Vaccination North-Western Provinces and Oudh 1896-1901 - 1896-1901
Year: 1896
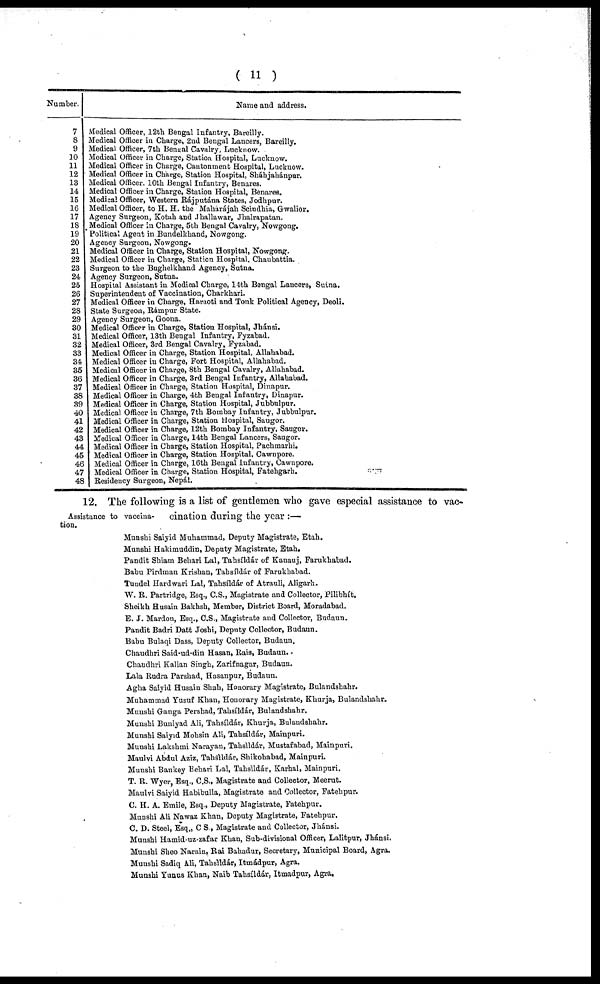
( 11 )
Number.
7
8
9
10
11
12
13
14
15
16
17
18
19
20
21
22
23
24.
25
26
27
28
29
30
31
32
33
34
35
36
37
38
39
40
41
42
43
44
45
46
47
48
Name and address.
Medical Officer, 12th Bengal Infantry, Bareilly.
Medical Officer in Charge, 2nd Bengal Lancers, Bareilly.
Medical Officer, 7th Bengal Cavalry, Lucknow.
Medical Officer in Charge, Station Hospital, Lucknow.
Medical Officer in Charge, Cantonment Hospital, Lucknow.
Medical Officer in Charge, Station Hospital, Sháhjahánpur.
Medical Officer. 10th Bengal Infantry, Benares.
Medical Officer in Charge, Station Hospital, Benares.
Medical Officer, Western Rájputána States, Jodhpur.
Medical Officer, to H. H. the Maharájah Scindhia, Gwalior.
Agency Surgeon, Kotah and Jhallawar, Jhalrapatan.
Medical Officer in Charge, 5th Bengal Cavalry, Nowgong.
Political Agent in Bundelkhand, Nowgong.
Agency Surgeon, Nowgong.
Medical Officer in Charge, Station Hospital, Nowgong.
Medical Officer in Charge, Station Hospital, Chaubattia.
Surgeon to the Bughelkhand Agency, Sutna.
Agency Surgeon, Sutna.
Hospital Assistant in Medical Charge, 14th Bengal Lancers, Sutna.
Superintendent of Vaccination, Charkhari.
Medical Officer in Charge, Haraoti and Tonk Political Agency, Deoli.
State Surgeon, Rámpur State.
Agency Surgeon, Goona.
Medical Officer in Charge, Station Hospital, Jhánsi.
Medical Officer, 13th Bengal Infantry, Fyzabad.
Medical Officer, 3rd Bengal Cavalry, Fyzabad.
Medical Officer in Charge, Station Hospital, Allahabad.
Medical Officer in Charge, Fort Hospital, Allahabad.
Medical Officer in Charge, 8th Bengal Cavalry, Allahabad.
Medical Officer in Charge, 3rd Bengal Infantry, Allahabad.
Medical Officer in Charge, Station Hospital, Dinapur.
Medical Officer in Charge, 4th Bengal Infantry, Dinapur.
Medical Officer in Charge, Station Hospital, Jubbulpur.
Medical Officer in Charge, 7th Bombay Infantry, Jubbulpur.
Medical Officer in Charge, Station Hospital, Saugor.
Medical Officer in Charge, 12th Bombay Infantry, Saugor.
Medical Officer in Charge, 14th Bengal Lancers, Saugor.
Medical Officer in Charge, Station Hospital, Pachmarhi.
Medical Officer in Charge, Station Hospital, Cawnpore.
Medical Officer in Charge, 16th Bengal Infantry, Cawnpore.
Medical Officer in Charge, Station Hospital, Fatehgarh.
Residency Surgeon, Nepál.
Assistance to vaccina-
tion.
12. The following is a list of gentlemen who gave especial assistance to vac-
cination during the year :—
Munshi Saiyid Muhammad, Deputy Magistrate, Etah.
Munshi Hakimuddin, Deputy Magistrate, Etah.
Pandit Shiam Behari Lal, Tahsíldár of Kanauj, Farukhabad.
Babu Pirdman Krishan, Tahsíldár of Farukhabad.
Tundel Hardwari Lal, Tahsíldár of Atrauli, Aligarh,
W. R. Partridge, Esq., C.S., Magistrate and Collector, Pilibhít.
Sheikh Husain Bakhsh, Member, District Board, Moradabad.
E. J. Mardon, Esq., C.S., Magistrate and Collector, Budaun.
Pandit Badri Datt Joshi, Deputy Collector, Budaun.
Babu Bulaqi Dass, Deputy Collector, Budaun.
Chaudhri Said-ud-din Hasan, Rais, Budaun..
Chaudhri Kalian Singh, Zarifnagar, Budaun.
Lala Rudra Parshad, Hasanpur, Budaun.
Agha Saiyid Husain Shah, Honorary Magistrate, Bulandshahr.
Muhammad Yusuf Khan, Honorary Magistrate, Khurja, Bulandshahr.
Munshi Ganga Pershad, Tahsíldár, Bulandshahr.
Munshi Buniyad Ali, Tahsíldár, Khurja, Bulandshahr.
Munshi Saiyid Mohsin Ali, Tahsíldár, Mainpuri.
Munshi Lakshmi Narayan, Tahsíldár, Mustafabad, Mainpuri.
Maulvi Abdul Aziz, Tahsíldár, Shikohabad, Mainpuri.
Munshi Bankey Behari Lal, Tahsíldár, Karhal, Mainpuri.
T. R. Wyer, Esq., C.S., Magistrate and Collector, Meerut.
Maulvi Saiyid Habibulla, Magistrate and Collector, Fatehpur.
C. H. A. Emile, Esq., Deputy Magistrate, Fatehpur.
Munshi Ali Nawaz Khan, Deputy Magistrate, Fatehpur.
C. D. Steel, Esq., C S., Magistrate and Collector, Jhánsi.
Munshi Hamid-uz-zafar Khan, Sub-divisional Officer, Lalitpur, Jhánsi.
Munshi Sheo Narain, Rai Bahadur, Secretary, Municipal Board, Agra.
Munshi Sadiq Ali, Tahsíldár, Itmádpur, Agra.
Munshi Yunus Khan, Naib Tahsíldár, Itmadpur, Agra.